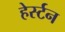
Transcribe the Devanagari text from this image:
हेर्स्टन